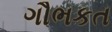
ગૌભકત